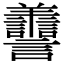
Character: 𦏯